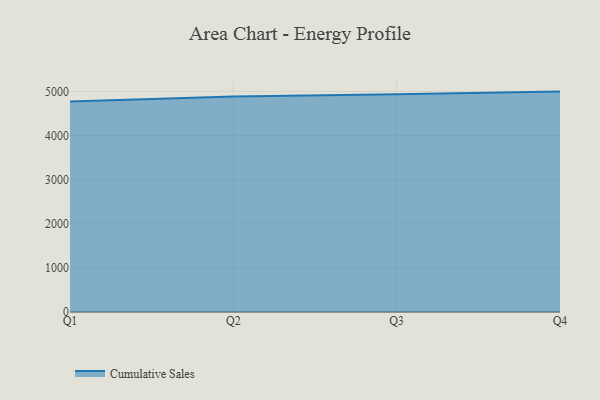
{"axis": {"x": "Quarter", "y": "Gross Profit (USD K)"}, "legend": ["Cumulative Sales"], "data": [{"x": "Q1", "y": 4771.5, "type": "Cumulative Sales"}, {"x": "Q2", "y": 4886.0, "type": "Cumulative Sales"}, {"x": "Q3", "y": 4937.0, "type": "Cumulative Sales"}, {"x": "Q4", "y": 4996.9, "type": "Cumulative Sales"}]}